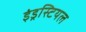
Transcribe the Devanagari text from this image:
इंड्रस्टियल